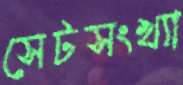
সেটসংখ্যা